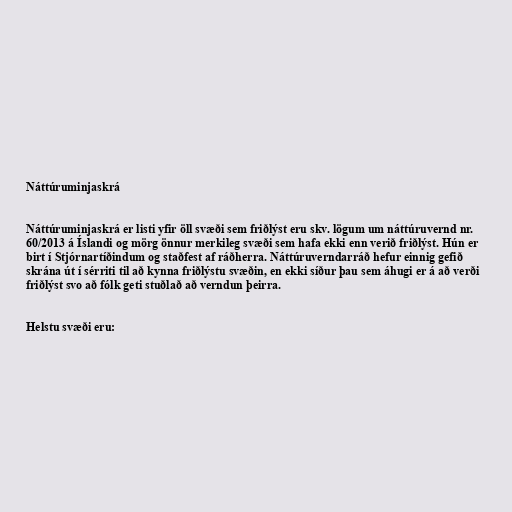
Náttúruminjaskrá

Náttúruminjaskrá er listi yfir öll svæði sem friðlýst eru skv. lögum um náttúruvernd nr.
60/2013 á Íslandi og mörg önnur merkileg svæði sem hafa ekki enn verið friðlýst. Hún er
birt í Stjórnartíðindum og staðfest af ráðherra. Náttúruverndarráð hefur einnig gefið
skrána út í sérriti til að kynna friðlýstu svæðin, en ekki síður þau sem áhugi er á að verði
friðlýst svo að fólk geti stuðlað að verndun þeirra.

Helstu svæði eru: